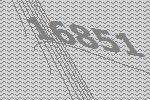
16851